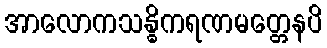
အာလောကသန္ဓိကရဏမတ္တေနပိ